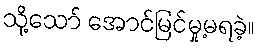
သို့သော် အောင်မြင်မှု့မရခဲ့။